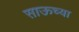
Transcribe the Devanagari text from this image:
साऊच्या